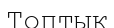
Топтық